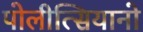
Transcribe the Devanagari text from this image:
पोलीत्सियानो